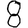
Digit: 8